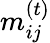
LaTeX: {m}_{ij}^{(t)}